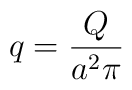
q=\frac{Q}{a^2 \pi}